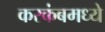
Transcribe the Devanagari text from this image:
करकंबमध्ये